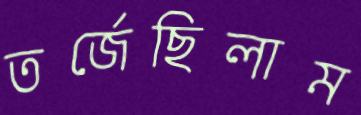
তর্জেছিলাম